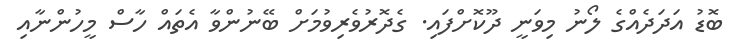
ބޮޑު އަދަދެއްގެ ލޯނު މިވަނީ ދޫކޮށްފައި. ގެދޮރުވެރިވުމަށް ބޭނުންވާ އެތައް ހާސް މީހުންނާއި